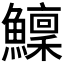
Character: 𩼤